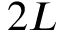
2 L